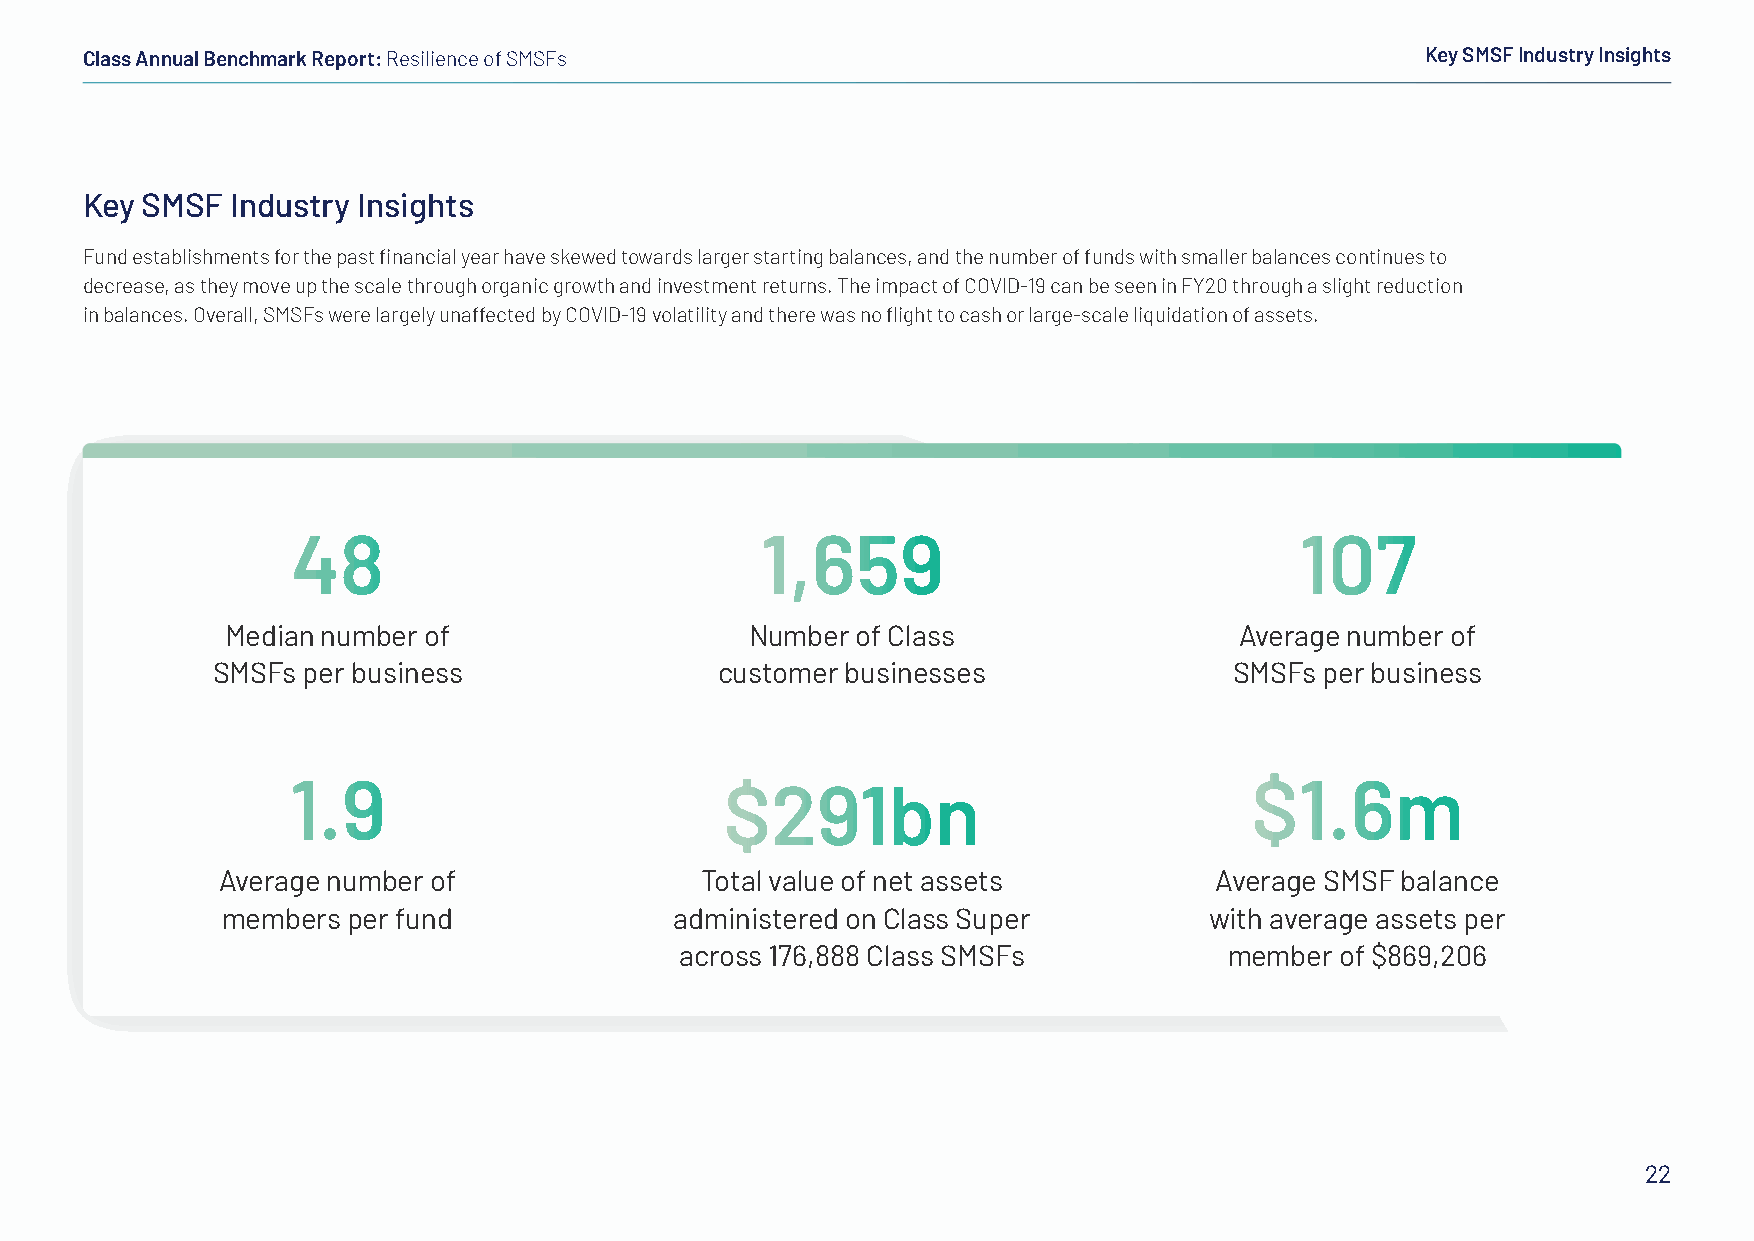
Class Annual Benchmark Report: Resilience of SMSFs                                       Key SMSF Industry Insights
 Key SMSF  Industry Insights
 Fund establishments for the past financial year have skewed towards larger starting balances, and the number of funds with smaller balances continues to
 decrease, as they move up the scale through organic growth and investment returns. The impact of COVID-19 can be seen in FY20 through a slight reduction
 in balances. Overall, SMSFs were largely unaffected by COVID-19 volatility and there was no flight to cash or large-scale liquidation of assets.
 48                             1,659                               107
 Median number of                   Number of Class                 Average number of
 SMSFs per business                customer businesses               SMSFs per business
 1.9                          $291bn                             $1.6m
 Average number of               Total value of net assets         Average SMSF balance
 members per fund              administered on Class Super        with average assets per
 across 176,888 Class SMSFs          member  of $869,206
 22